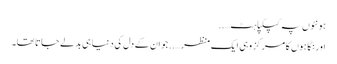
ہونٹوں پہ کپکپاہٹ…..
اور نگاہوں کا مرکز وہی ایک منظر…..جو ان کے دل کی دنیا ہی بدلے جاتا تھا۔